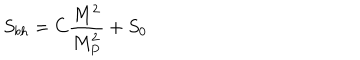
S _ { b h } = C \frac { M ^ { 2 } } { M _ { P } ^ { 2 } } + S _ { 0 }